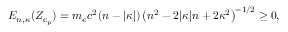
E _ { n , \kappa } ( Z _ { \mathrm { c } _ { \mathrm { p } } } ) = m _ { e } c ^ { 2 } ( n - | \kappa | ) \left( n ^ { 2 } - 2 | \kappa | n + 2 \kappa ^ { 2 } \right) ^ { - 1 / 2 } \ge 0 ,